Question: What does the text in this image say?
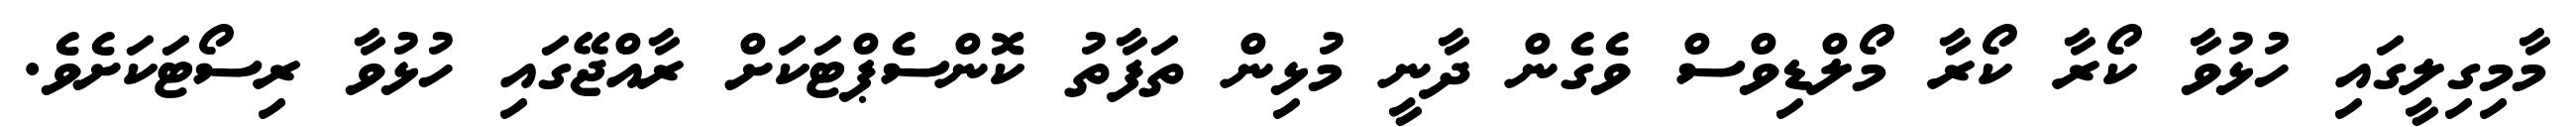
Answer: މާމިގިލީގައި ހުޅުވާ ކޯރާ ކޯރާ މޯލްޑިވްސް ވެގެން ދާނީ މުޅިން ތަފާތު ކޮންސެޕްޓަކަށް ރާއްޖޭގައި ހުޅުވާ ރިސޯޓަކަށެވެ.